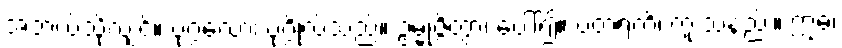
အဘယ်သို့လျှင်။ ပုဂ္ဂလော၊ ပုဂ္ဂိုလ်သည်။ ဥမ္မုဇ္ဇိတွာ၊ ပေါ်၍။ ပတရတိ၊ ကူးသနည်း။ ဣဓ၊